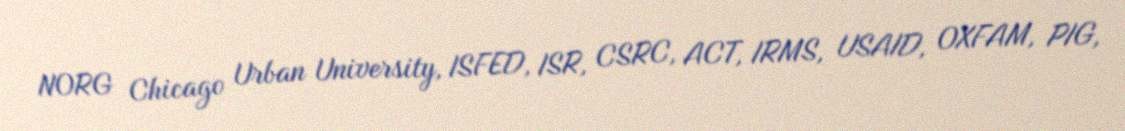
NORG Chicago Urban University, ISFED, ISR, CSRC, ACT, IRMS, USAID, OXFAM, PIG,